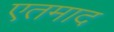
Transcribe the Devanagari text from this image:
एतमाद